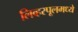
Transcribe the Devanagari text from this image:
लिव्हरपूलमध्ये